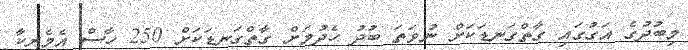
މިބުދުގެ އަގުގައި ގާތްގަނޑަކަށް ނުވަތަ ބުދު ހެދުމަށް ގާތްގަނޑަކަށް 250 ހާސް އެމެރިކާ